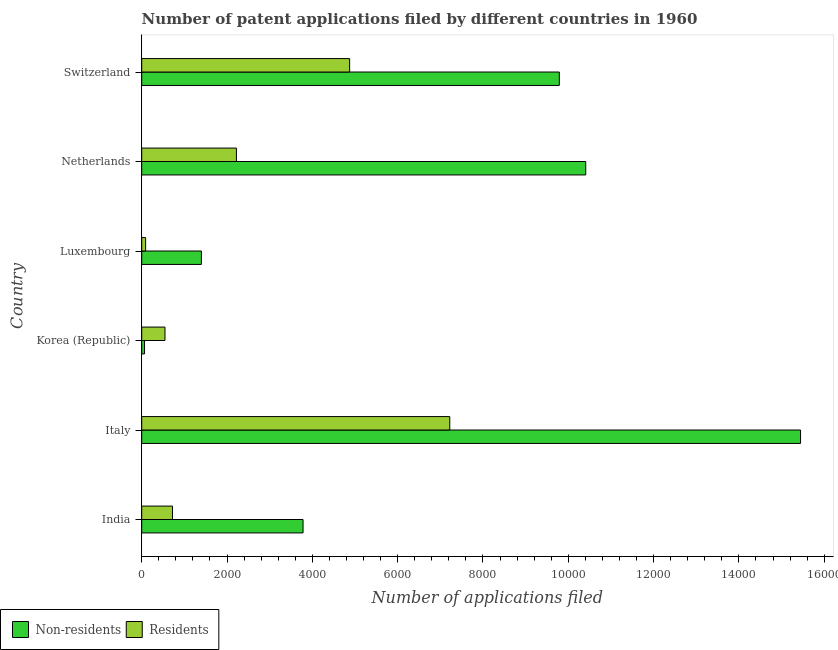
| Country | Non-residents | Residents |
 | --- | --- | --- |
 | India | 3.78e+03 | 721 |
 | Italy | 1.54e+04 | 7.22e+03 |
 | Korea (Republic) | 66 | 545 |
 | Luxembourg | 1.4e+03 | 91 |
 | Netherlands | 1.04e+04 | 2.22e+03 |
 | Switzerland | 9.79e+03 | 4.87e+03 |